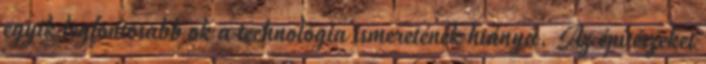
egyik legfontosabb ok a technológia ismeretének hiánya. Az építészeket